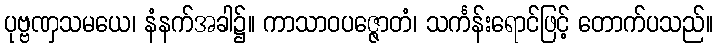
ပုဗ္ဗဏှသမယေ၊ နံနက်အခါ၌။ ကာသာဝပဇ္ဇောတံ၊ သင်္ကန်းရောင်ဖြင့် တောက်ပသည်။